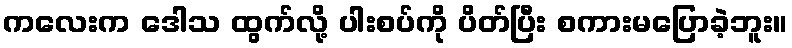
ကလေးက ဒေါသ ထွက်လို့ ပါးစပ်ကို ပိတ်ပြီး စကားမပြောခဲ့ဘူး။